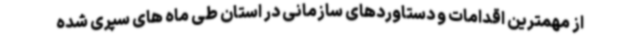
از مهمترین اقدامات و دستاوردهای سازمانی در استان طی ماه های سپری شده